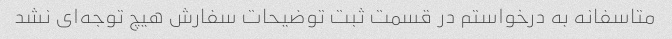
متاسفانه به درخواستم در قسمت ثبت توضیحات سفارش هیچ توجه‌ای نشد